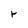
Character: r